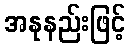
အနုနည်းဖြင့်